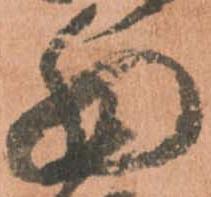
細